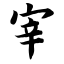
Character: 宰